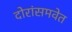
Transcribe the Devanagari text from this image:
दोरांसमवेत